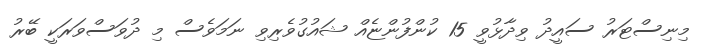
މިނިސްޓަރު ސައީދު ވިދާޅުވީ 15 ކުންފުންޏެއް ޝައުގުވެރިވި ނަމަވެސް މި ދުވަސްވަރަކީ ބޭރު